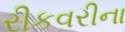
રીકવરીના